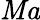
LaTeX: \mathit{Ma}